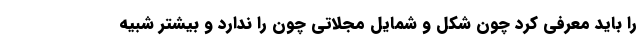
را باید معرفی کرد چون شکل و شمایل مجلاتی چون را ندارد و بیشتر شبیه